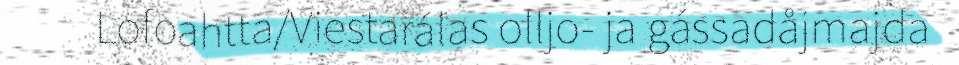
Lofoahtta/Viestarálas olljo- ja gássadåjmajda